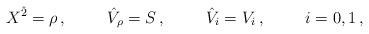
LaTeX: \begin{align*}X^{\hat 2} = \rho\, ,\hskip 1truecm {\hat V}_{\rho} = S\, ,\hskip 1truecm {\hat V}_i = V_i\, ,\hskip 1truecm i=0,1\, ,\end{align*}